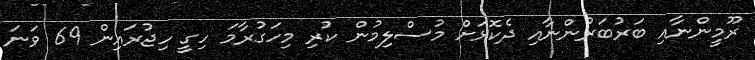
ރޫމީންނާއި ބަރުބަރުންނާއި ދެކޮޅަށް މުސްލިމުން ކުރި މިހަގުރާމަ ހިގީ ހިޖުރައިން 69 ވަނަ